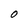
Character: O